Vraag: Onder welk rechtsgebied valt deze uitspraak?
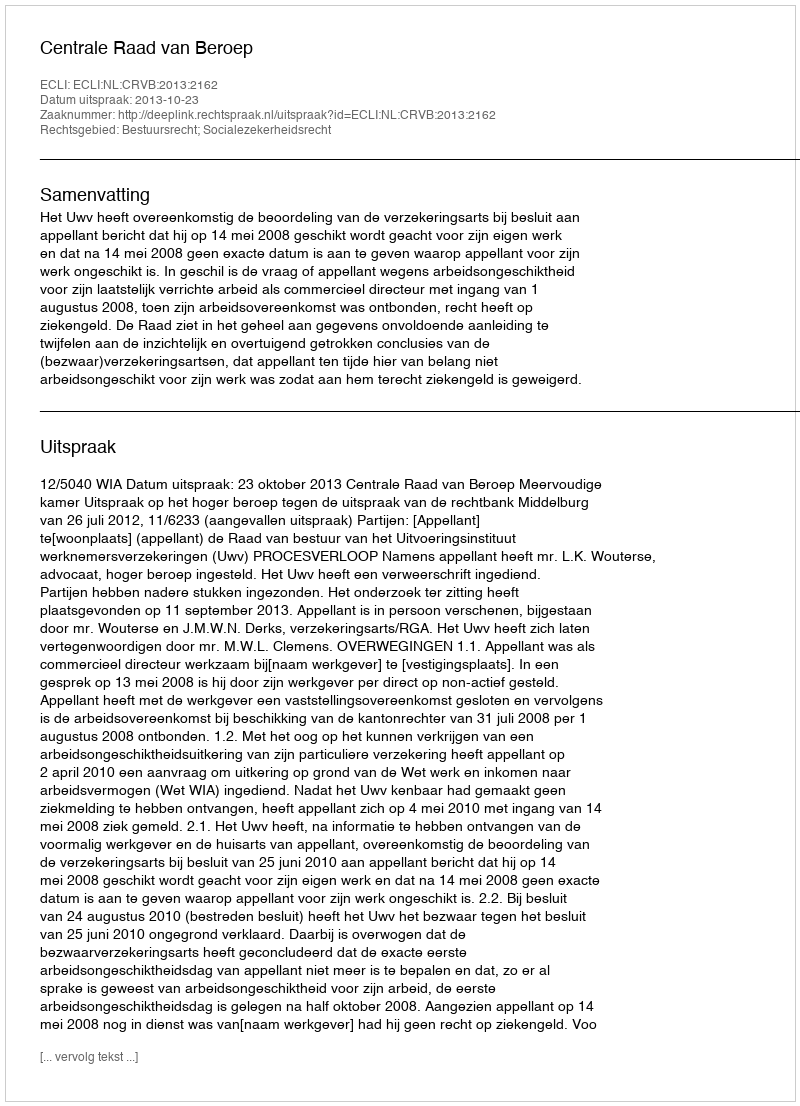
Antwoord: Bestuursrecht; Socialezekerheidsrecht